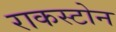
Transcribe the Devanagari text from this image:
राकस्टोन